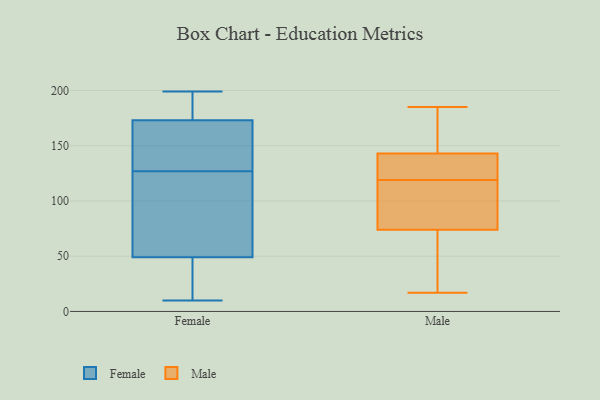
{"axis": {"x": "Customer Acquisition Cost (USD)", "y": "Value"}, "legend": ["Female", "Male"], "data": [{"x": "", "y": 68, "type": "Female"}, {"x": "", "y": 27, "type": "Female"}, {"x": "", "y": 14, "type": "Female"}, {"x": "", "y": 169, "type": "Female"}, {"x": "", "y": 94, "type": "Female"}, {"x": "", "y": 170, "type": "Female"}, {"x": "", "y": 74, "type": "Female"}, {"x": "", "y": 158, "type": "Female"}, {"x": "", "y": 186, "type": "Female"}, {"x": "", "y": 138, "type": "Female"}, {"x": "", "y": 188, "type": "Female"}, {"x": "", "y": 199, "type": "Female"}, {"x": "", "y": 173, "type": "Female"}, {"x": "", "y": 40, "type": "Female"}, {"x": "", "y": 175, "type": "Female"}, {"x": "", "y": 10, "type": "Female"}, {"x": "", "y": 49, "type": "Female"}, {"x": "", "y": 116, "type": "Female"}, {"x": "", "y": 17, "type": "Male"}, {"x": "", "y": 79, "type": "Male"}, {"x": "", "y": 185, "type": "Male"}, {"x": "", "y": 95, "type": "Male"}, {"x": "", "y": 141, "type": "Male"}, {"x": "", "y": 127, "type": "Male"}, {"x": "", "y": 36, "type": "Male"}, {"x": "", "y": 95, "type": "Male"}, {"x": "", "y": 136, "type": "Male"}, {"x": "", "y": 97, "type": "Male"}, {"x": "", "y": 145, "type": "Male"}, {"x": "", "y": 133, "type": "Male"}, {"x": "", "y": 173, "type": "Male"}, {"x": "", "y": 122, "type": "Male"}, {"x": "", "y": 178, "type": "Male"}, {"x": "", "y": 36, "type": "Male"}, {"x": "", "y": 184, "type": "Male"}, {"x": "", "y": 116, "type": "Male"}, {"x": "", "y": 56, "type": "Male"}, {"x": "", "y": 69, "type": "Male"}]}